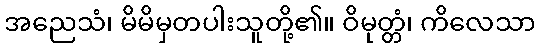
အညေသံ၊ မိမိမှတပါးသူတို့၏။ ဝိမုတ္တံ၊ ကိလေသာ